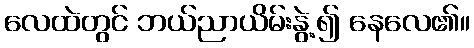
လေထဲတွင် ဘယ်ညာယိမ်းနွဲ့၍ နေလေ၏။